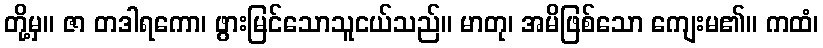
တို့မှ။ ဇာ တဒါရကော၊ ဖွားမြင်သောသူငယ်သည်။ မာတု၊ အမိဖြစ်သော ကျေးမ၏။ ကထံ၊